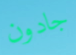
جادون